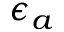
\epsilon _ { a }